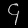
Digit: ၄